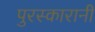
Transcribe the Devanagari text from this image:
पुरस्कारानी